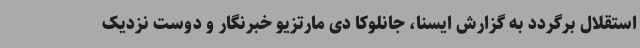
استقلال برگردد به گزارش ایسنا، جانلوکا دی مارتزیو خبرنگار و دوست نزدیک